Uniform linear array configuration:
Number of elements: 48
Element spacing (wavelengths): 0.25
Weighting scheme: binomial
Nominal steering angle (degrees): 45
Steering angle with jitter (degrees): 45.139
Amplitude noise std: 0.05
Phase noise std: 0.05

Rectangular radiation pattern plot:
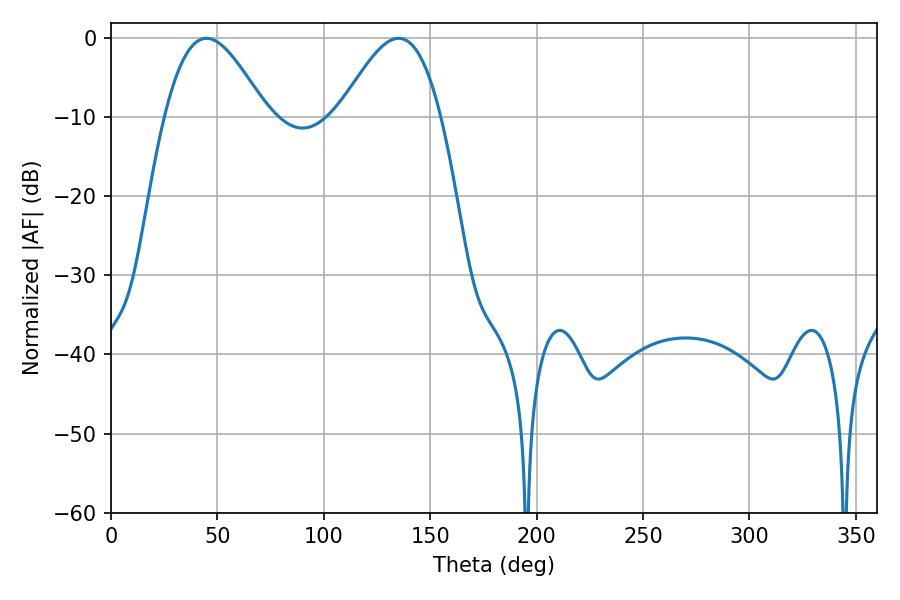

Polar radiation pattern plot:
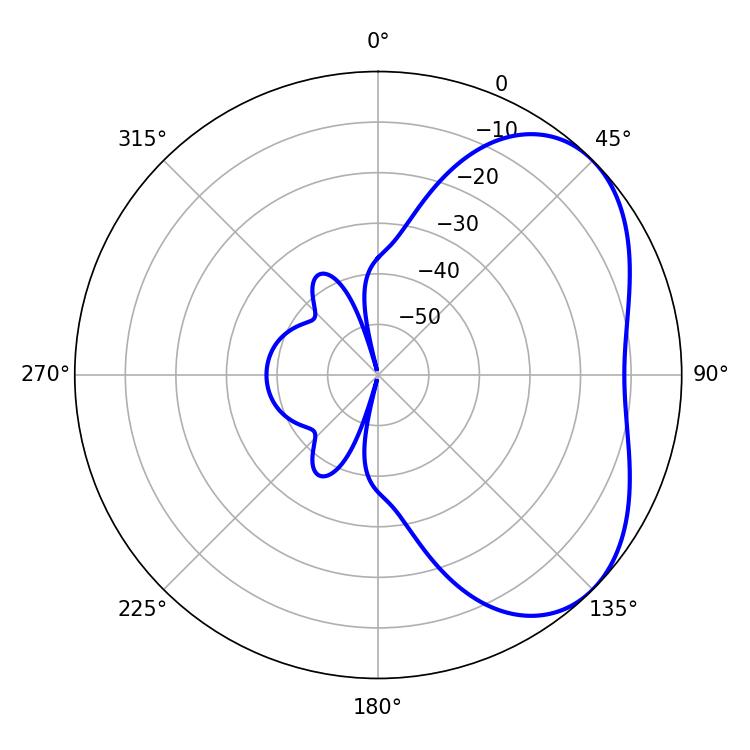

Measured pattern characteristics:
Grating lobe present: FALSE
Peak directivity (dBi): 4.288
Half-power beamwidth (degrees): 25.56
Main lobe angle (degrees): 135.18